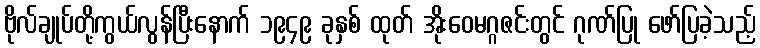
ဗိုလ်ချုပ်တို့ကွယ်လွန်ပြီးနောက် ၁၉၄၉ ခုနှစ် ထုတ် အိုးဝေမဂ္ဂဇင်းတွင် ဂုဏ်ပြု ဖော်ပြခဲ့သည့်